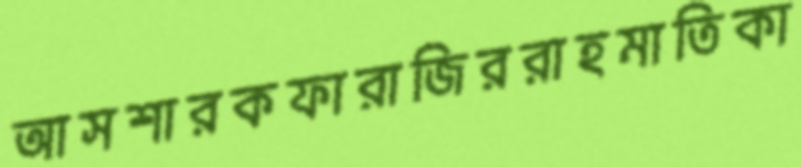
আসশারকফারাজিররাহমাতিকা